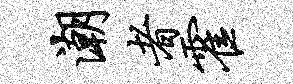
潮者霍